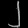
Digit: ၂